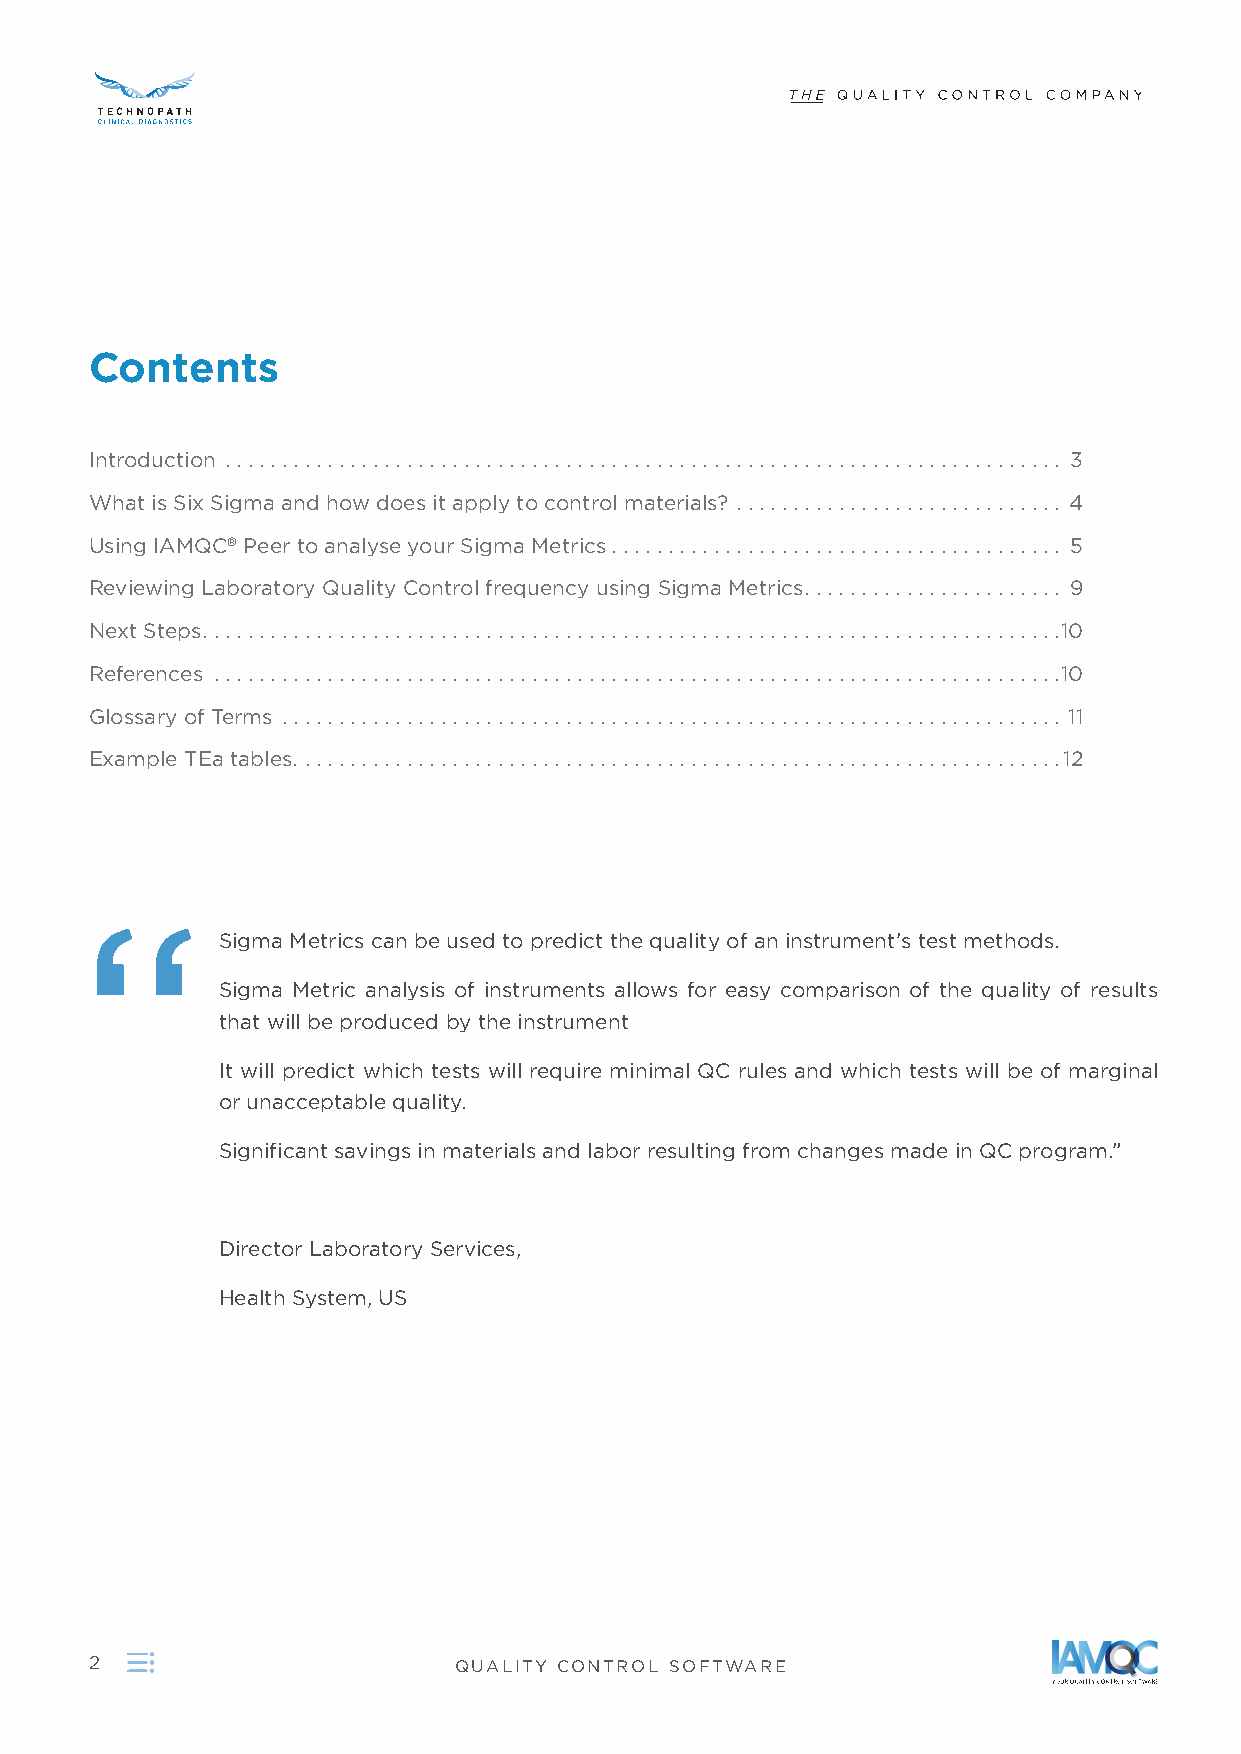
Contents
 Introduction  . . . . . . . .  .  . . . .  . .  . . .  . .  . . . .  . .  . . .  . .  .  . . .  .  . . .  .  . . .  .  . . .  .  . .  . .  . .  . .  . .  . . . . . . . . . . . . . . . . 3
 What is Six Sigma and how does it apply to control materials?  . . .  . . . . . .  . . . . .  . . . . .  . . . . .  . .  . . . 4
 Using IAMQC® Peer to analyse your Sigma Metrics .  .  . . . . . .  . . . .  . .  . . .  . .  . . . . .  . . . . .  . .  .  . . .  .  . . .  . 5
 Reviewing Laboratory Quality Control frequency using Sigma Metrics .  . . . . .  . . . . .  . . . . .  . .  . . .  . . 9
 Next Steps .  . . . . . .  . . .  . .  . . . .  . . . . .  .  . . . .  . . . . .  . .  . .  . .  . .  . .  . .  . .  . .  .  . . .  .  . . .  .  . . .  . . . . . . . . . . . . . . . . . 10
 References  . . .  . . . . .  . . . .  .  . . . .  .  . . . . .  .  . . . . .  . . .  . .  . .  . .  . .  . .  . .  . .  . .  . .  . .  . .  . .  . .  . . . . . . . . . . . . . . . . . 10
 Glossary of Terms  . .  . .  . . . .  .  . . . .  . .  . . .  . .  . . . .  . .  . . .  . .  .  . . .  .  . . .  .  . . .  .  . . .  .  . .  . .  . .  . .  . .  . . . . . . . . . . . 11
 Example TEa tables .  . .  . . .  . .  . . .  . .  . . . .  .  . . . . .  . . . . .  . .  . . .  .  . . .  .  . . .  .  . . .  .  . . .  .  .  . .  .  .  . .  .  .  . . . . .  . . . . 12
 “
 Sigma Metrics can be used to predict the quality of an instrument’s test methods .
 Sigma Metric analysis of instruments allows for easy comparison of the quality of results
 that will be produced by the instrument
 It will predict which tests will require minimal QC rules and which tests will be of marginal
 or unacceptable quality .
 Significant savings in materials and labor resulting from changes made in QC program .”
 Director Laboratory Services,
 Health System, US
 2                       QUALITY CONTROL SOFTWARE